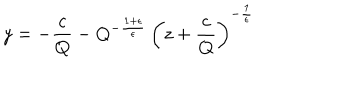
LaTeX: y = - \frac { c } { Q } - Q ^ { - \frac { 1 + \epsilon } { \epsilon } } \, \left( z + \frac { c } { Q } \right) ^ { - \frac { 1 } { \epsilon } }